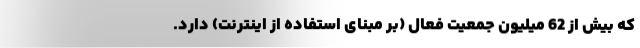
که بیش از 62 میلیون جمعیت فعال (بر مبنای استفاده از اینترنت) دارد.